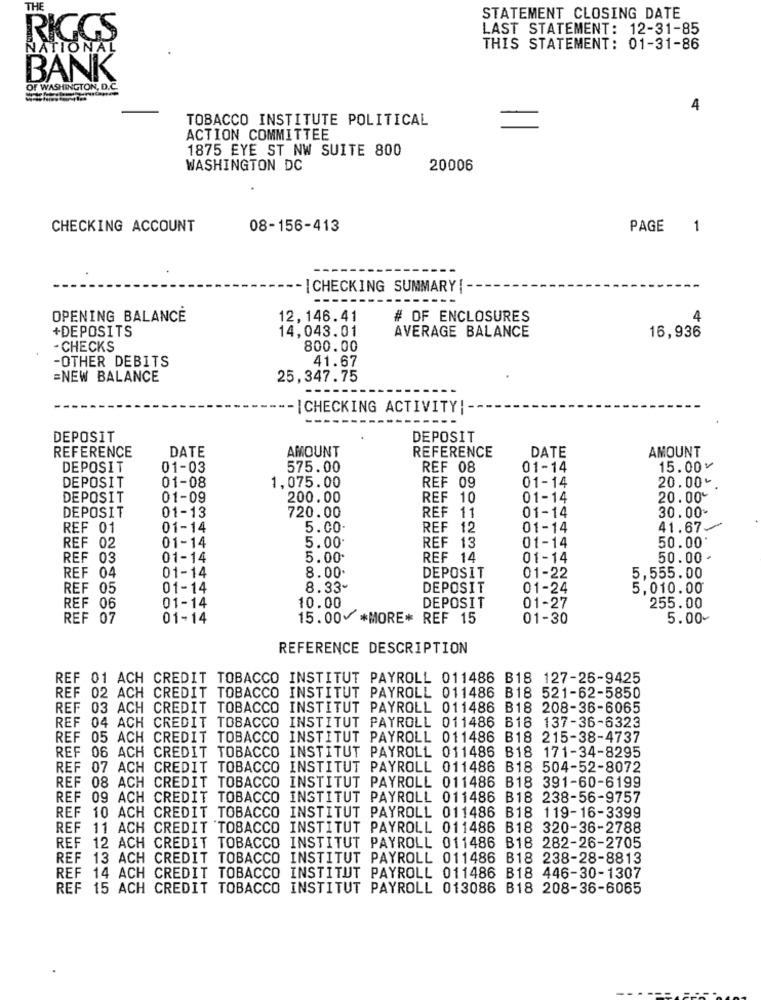
THE
STATEMENT CLOSING DATE
RIGGS
LAST STATEMENT: 12-31-85
NATIONAL
THIS STATEMENT: 01-31-86
BANK
OF WASHINGTON, D.C.
4
TOBACCO INSTITUTE POLITICAL
ACTION COMMITTEE
1875 EYE ST NW SUITE 800
WASHINGTON DC
20006
CHECKING ACCOUNT
08-156-413
PAGE
1
- | CHECKING SUMMARY ! -
OPENING BALANCE
12,146.41
# OF ENCLOSURES
4
14,043.01
+DEPOSITS
AVERAGE BALANCE
16,936
- CHECKS
800.00
-OTHER DEBITS
41.67
=NEW BALANCE
25,347.75
| CHECKING ACTIVITY!
----
DEPOSIT
DEPOSIT
REFERENCE
DATE
AMOUNT
REFERENCE
DATE
AMOUNT
DEPOSIT
01-03
575.00
REF 08
01-14
15.00v
DEPOSIT
01-08
01-14
20.00+
1,075.00
REF 09
DEPOSIT
01-09
200.00
REF 10
01-14
20.00%
DEPOSIT
01-13
01-14
30.00-
720.00
REF 11
REF 01
01-14
5.00
REF 12
LLLLL W LL
01-14
41.67-
5.00
REF 13
50.00'
REF 02
01-14
01-14
REF 03
01-14
5.00
REF 14
01-14
50.00 -
01-14
8.00
REF 04
DEPOSIT
01-22
5,555.00
REF 05
01-14
8.33-
DEPOSIT
01-24
5,010.00
DEPOSIT
REF 06
01-14
10.00
01-27
255.00
REF 07
888888
01-14
15.00 *MORE* REF 15
01-30
5.00-
REFERENCE DESCRIPTION
REF 01 ACH CREDIT TOBACCO INSTITUT PAYROLL 011486 B18 127-26-9425
REF 02 ACH CREDIT TOBACCO INSTITUT PAYROLL 011486 B18 521-62-5850
REF 03 ACH CREDIT TOBACCO INSTITUT PAYROLL 011486 B18 208-36-6065
REF 04 ACH CREDIT TOBACCO INSTITUT PAYROLL 011486 B18 137-36-6323
REF 05 ACH CREDIT TOBACCO INSTITUT PAYROLL 011486 B18 215-38-4737
REF 06 ACH CREDIT TOBACCO INSTITUT PAYROLL 011486 B18 171-34-8295
REF 07 ACH CREDIT TOBACCO INSTITUT PAYROLL 011486 B18 504-52-8072
REF 08 ACH CREDIT TOBACCO INSTITUT PAYROLL 011486 B18 391-60-6199
REF 09 ACH CREDIT TOBACCO INSTITUT PAYROLL 011486 B18 238-56-9757
REF 10 ACH CREDIT TOBACCO INSTITUT PAYROLL 011486 B18 119-16-3399
REF 11 ACH CREDIT TOBACCO INSTITUT PAYROLL 011486 B18 320-36-2788
REF 12 ACH CREDIT TOBACCO INSTITUT PAYROLL 011486 B18 282-26-2705
REF 13 ACH CREDIT TOBACCO INSTITUT PAYROLL 011486 B18 238-28-8813
REF 14 ACH CREDIT TOBACCO INSTITUT PAYROLL 011486 B18 446-30-1307
REF 15 ACH CREDIT TOBACCO INSTITUT PAYROLL 013086 B18 208-36-6065